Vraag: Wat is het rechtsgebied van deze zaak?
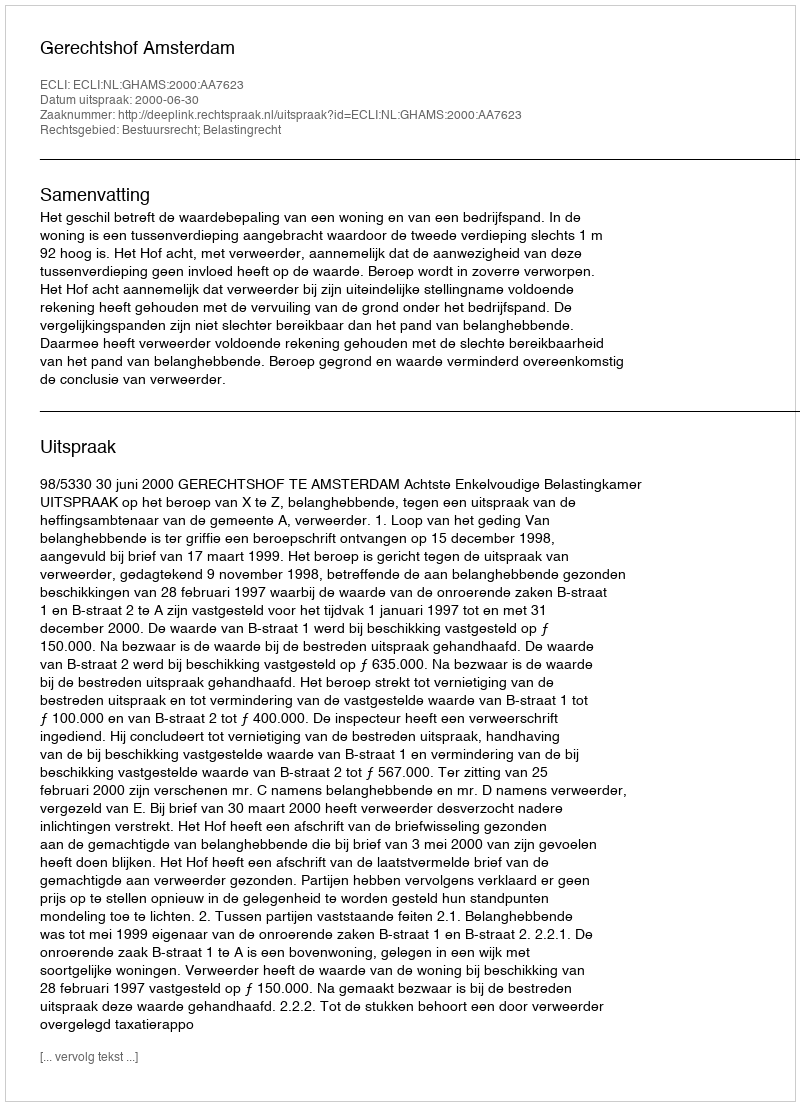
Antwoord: Bestuursrecht; Belastingrecht